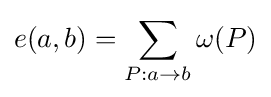
e(a,b)=\sum _{P:a\to b}\omega (P)